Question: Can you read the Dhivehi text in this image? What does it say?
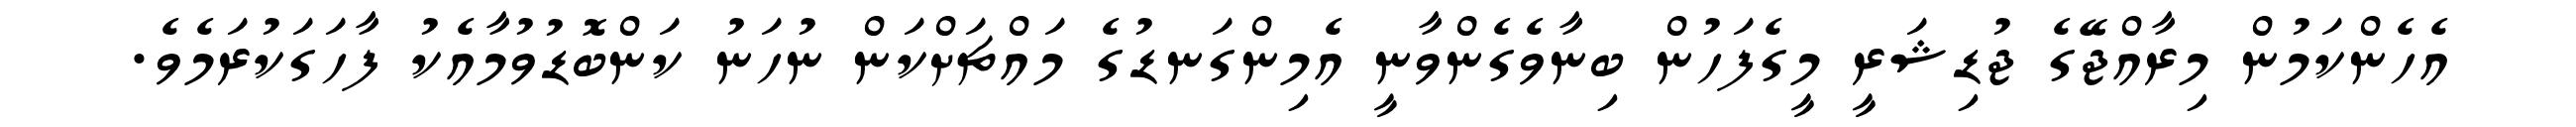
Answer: އެހެންކަމުން މިރާއްޖޭގެ ޖުޑިޝަރީ މީގެފަހުން ބިނާވެގެންވާނީ އެމިންގަނޑުގެ މައްޗަށްކަން ނުހަނު ކަންބޮޑުވުމާއެކު ފާހަގަކުރަމެވެ.